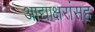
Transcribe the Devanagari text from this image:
आद्याक्षरांसह